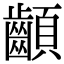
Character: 𩖁